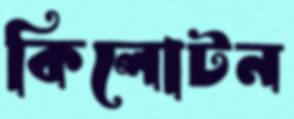
কিলোটন